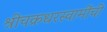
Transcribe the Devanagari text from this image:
श्रीचक्रधरस्वामींची